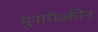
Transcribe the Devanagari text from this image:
मुनाफ़ेकीन